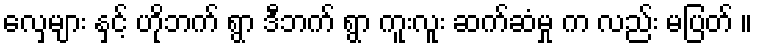
လှေများ နှင့် ဟိုဘက် ရွာ ဒီဘက် ရွာ ကူးလူး ဆက်ဆံမှု က လည်း မပြတ် ။